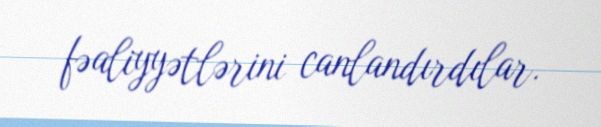
fəaliyyətlərini canlandırdılar.